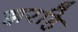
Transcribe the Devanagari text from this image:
झरहि